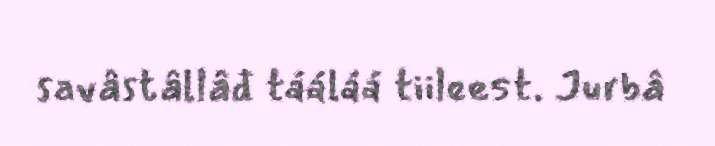
savâstâllâđ tááláá tiileest. Jurbâ